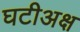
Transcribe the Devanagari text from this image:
घटीअक्ष